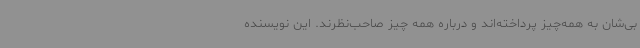
بی‌شان به همه‌چیز پرداخته‌اند و درباره همه چیز صاحب‌نظرند. این نویسنده